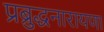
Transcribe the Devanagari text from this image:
प्रब्रुद्धनारायणा